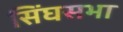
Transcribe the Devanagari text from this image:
सिंघसभा